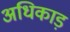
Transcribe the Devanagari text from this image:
अधिकाड़